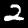
Label: 2